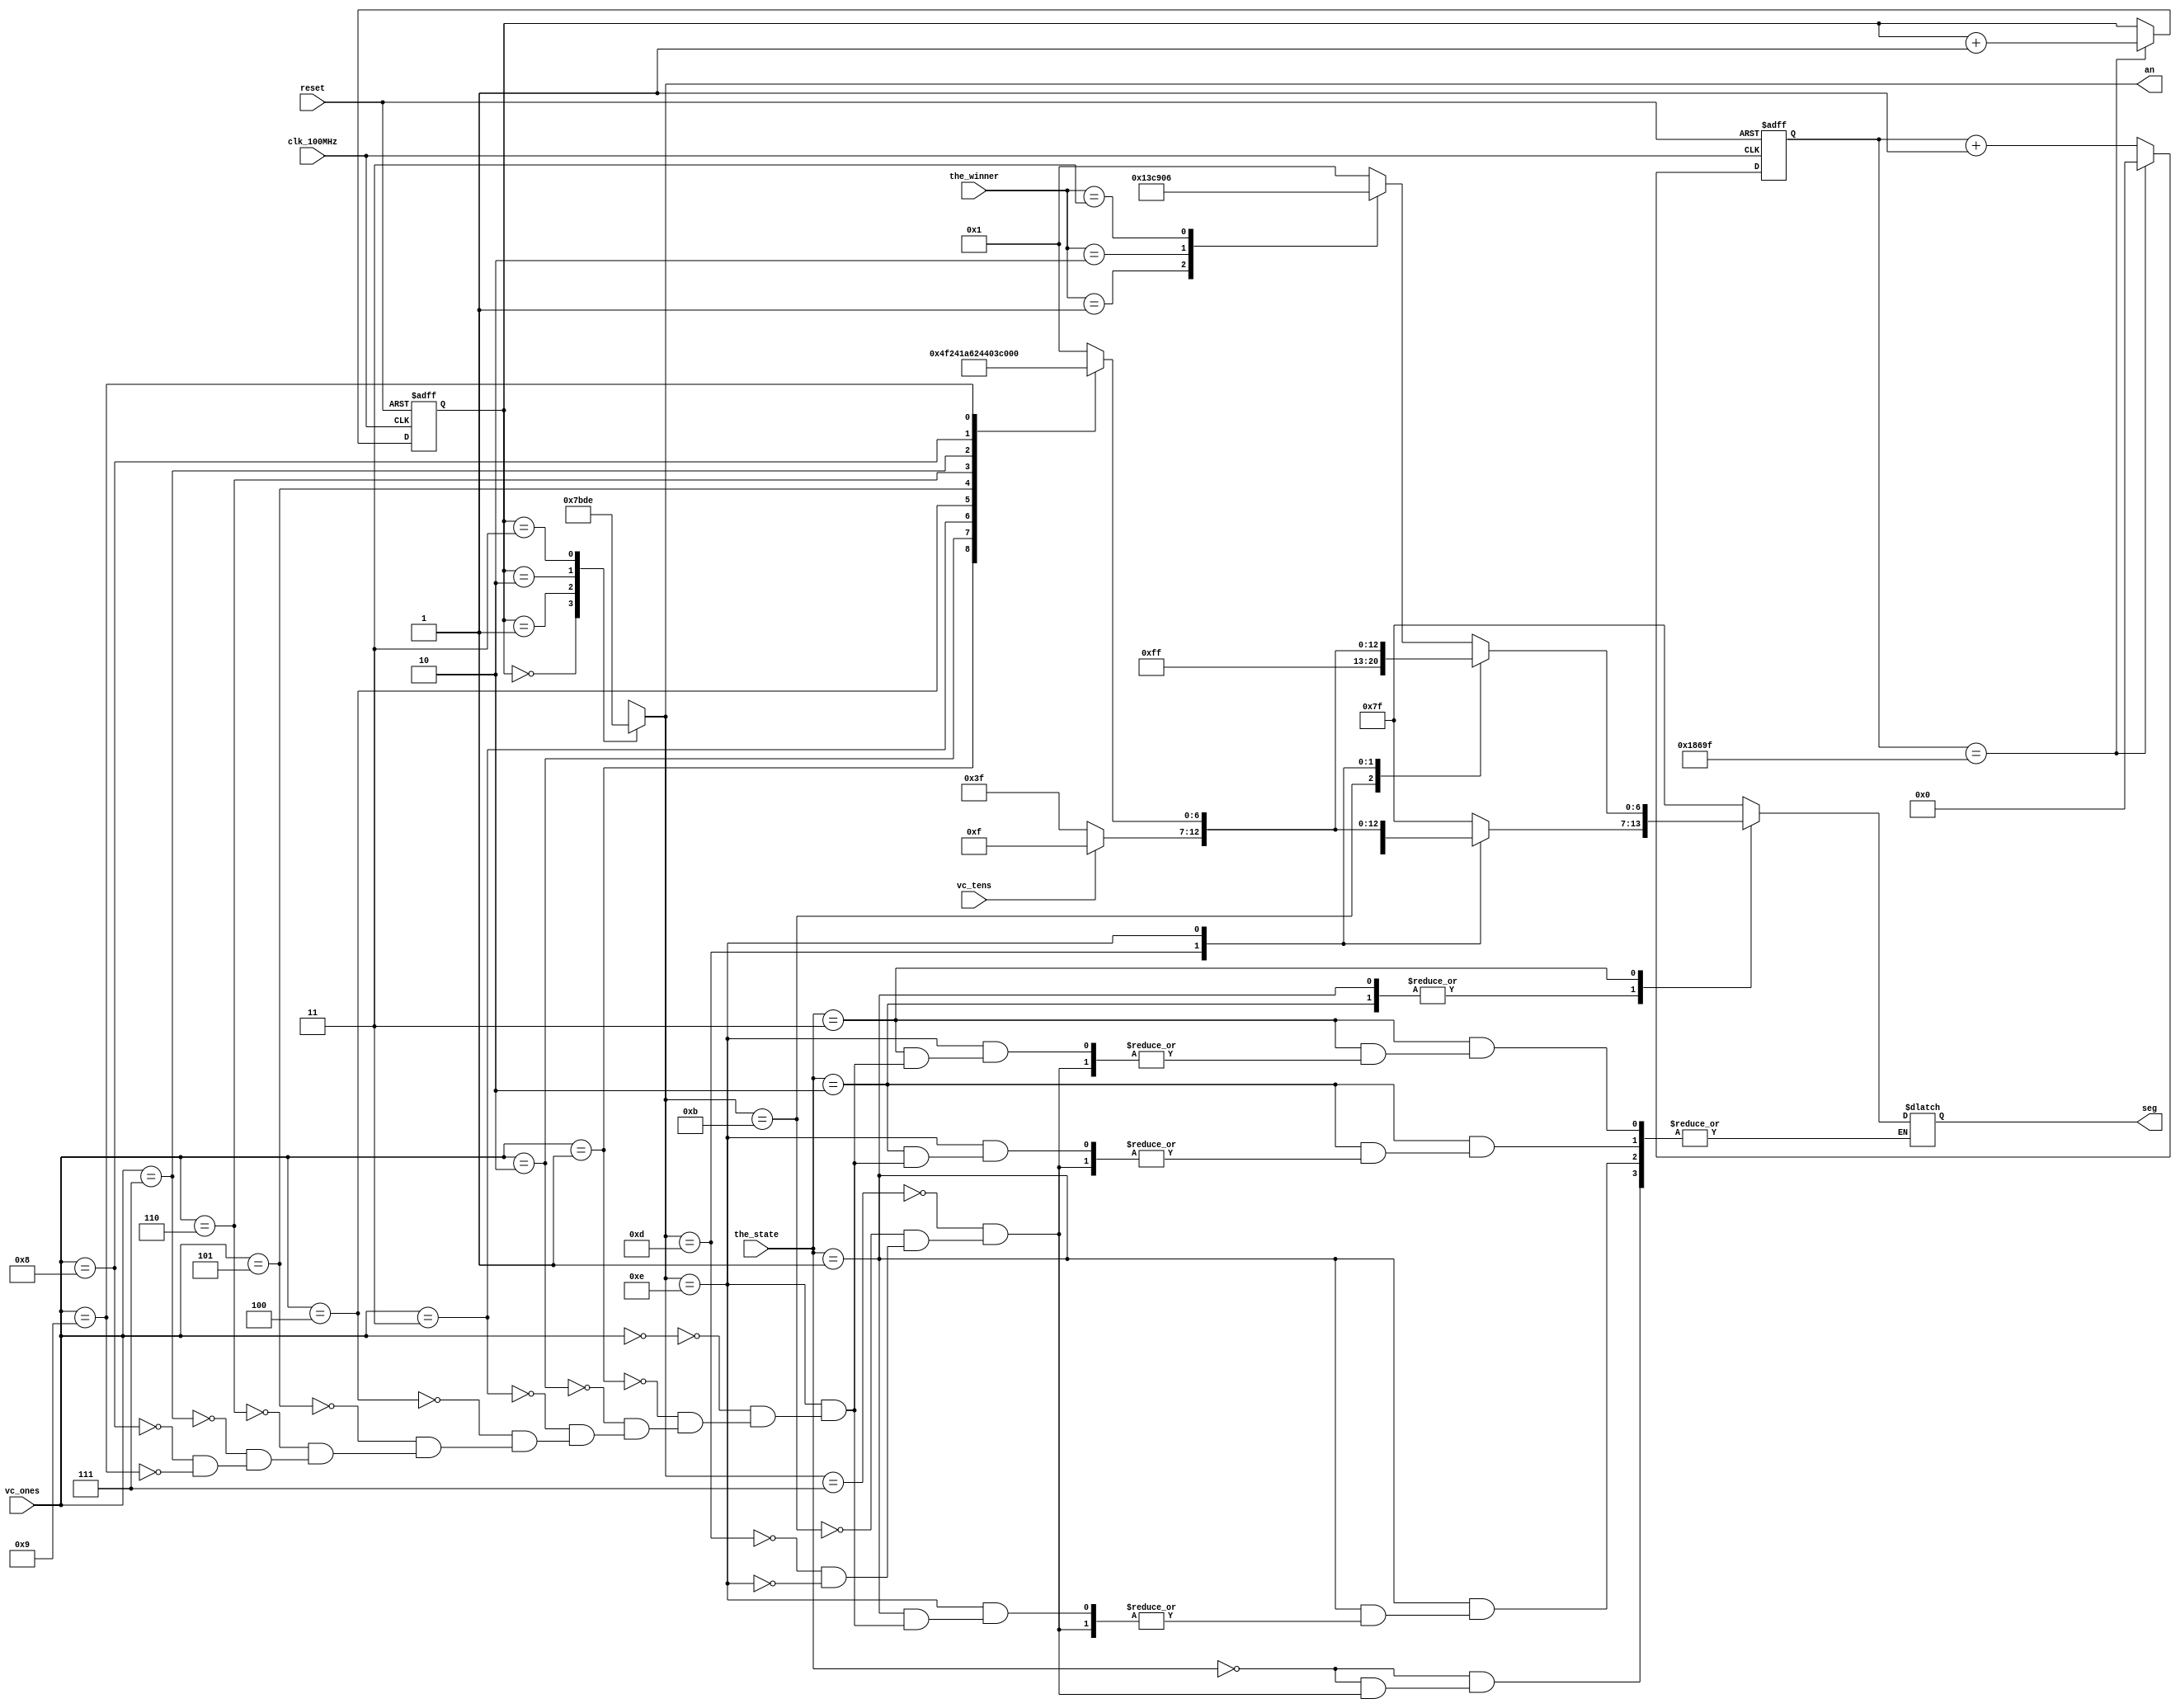
`timescale 1ns / 1ps

module seg7_control(
    input clk_100MHz,
    input reset,
    input [1:0] the_state,      // from state machine
    input vc_tens,              // from bin2bcd
    input [3:0] vc_ones,        // from bin2bcd
    input [1:0] the_winner,     // from state machine
    output reg [0:6] seg,
    output reg [3:0] an
    );
    
    // Parameters for segment values
    parameter NULL  = 7'b111_1111;  // Turn off all segments
    parameter ZERO  = 7'b000_0001;  // 0
    parameter ONE   = 7'b100_1111;  // 1
    parameter TWO   = 7'b001_0010;  // 2 
    parameter THREE = 7'b000_0110;  // 3
    parameter FOUR  = 7'b100_1100;  // 4
    parameter FIVE  = 7'b010_0100;  // 5
    parameter SIX   = 7'b010_0000;  // 6
    parameter SEVEN = 7'b000_1111;  // 7
    parameter EIGHT = 7'b000_0000;  // 8
    parameter NINE  = 7'b000_0100;  // 9
    
    
    // To select each anode in turn
    reg [1:0] anode_select;
    reg [16:0] anode_timer;
        
    always @(posedge clk_100MHz or posedge reset) begin
        if(reset) begin
            anode_select <= 0;
            anode_timer <= 0; 
        end
        else
            if(anode_timer == 99_999) begin
                anode_timer <= 0;
                anode_select <=  anode_select + 1;
            end
            else
                anode_timer <=  anode_timer + 1;
    end
        
    always @(anode_select) begin
        case(anode_select) 
            2'b00 : an = 4'b0111;
            2'b01 : an = 4'b1011;
            2'b10 : an = 4'b1101;
            2'b11 : an = 4'b1110;
        endcase
    end    
    
    always @*
        case(the_state)
            2'b00 : // Idle state
                    begin
                        case(an)
                            4'b0111 : seg = NULL;
                            4'b1011 : seg = NULL;
                            4'b1101 : seg = NULL;
                            4'b1110 : seg = NULL;
                        endcase
                    end
            
            2'b01 : // Voting Open state
                    begin
                        case(an)
                            4'b0111 : seg = NULL;
                            4'b1011 : seg = NULL;
                            4'b1101 : case(vc_tens)
                                        0 : seg = NULL;
                                        1 : seg = ONE; 
                                      endcase  
                            4'b1110 : case(vc_ones)
                                        4'b0000 : seg = ZERO;
                                        4'b0001 : seg = ONE;
                                        4'b0010 : seg = TWO;
                                        4'b0011 : seg = THREE;
                                        4'b0100 : seg = FOUR;
                                        4'b0101 : seg = FIVE;
                                        4'b0110 : seg = SIX;
                                        4'b0111 : seg = SEVEN;
                                        4'b1000 : seg = EIGHT;
                                        4'b1001 : seg = NINE;
                                      endcase
                        endcase
                    end
            
            2'b10 : // Voting Closed state
                    begin
                        case(an)
                            4'b0111 : seg = NULL;
                            4'b1011 : seg = NULL;
                            4'b1101 : case(vc_tens)
                                        0 : seg = NULL;
                                        1 : seg = ONE; 
                                      endcase  
                            4'b1110 : case(vc_ones)
                                        4'b0000 : seg = ZERO;
                                        4'b0001 : seg = ONE;
                                        4'b0010 : seg = TWO;
                                        4'b0011 : seg = THREE;
                                        4'b0100 : seg = FOUR;
                                        4'b0101 : seg = FIVE;
                                        4'b0110 : seg = SIX;
                                        4'b0111 : seg = SEVEN;
                                        4'b1000 : seg = EIGHT;
                                        4'b1001 : seg = NINE;
                                      endcase
                        endcase
                    end
            
            2'b11 : // Display Winner state
                    begin
                        case(an)
                            4'b0111 : case(the_winner)
                                        2'b00 : seg = ZERO;
                                        2'b01 : seg = ONE;
                                        2'b10 : seg = TWO;
                                        2'b11 : seg = THREE;
                                      endcase
                            4'b1011 : seg = NULL;
                            4'b1101 : case(vc_tens)
                                        0 : seg = NULL;
                                        1 : seg = ONE; 
                                      endcase  
                            4'b1110 : case(vc_ones)
                                        4'b0000 : seg = ZERO;
                                        4'b0001 : seg = ONE;
                                        4'b0010 : seg = TWO;
                                        4'b0011 : seg = THREE;
                                        4'b0100 : seg = FOUR;
                                        4'b0101 : seg = FIVE;
                                        4'b0110 : seg = SIX;
                                        4'b0111 : seg = SEVEN;
                                        4'b1000 : seg = EIGHT;
                                        4'b1001 : seg = NINE;
                                      endcase
                        endcase
                    end                    
        endcase
        
    
endmodule